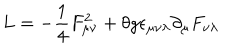
LaTeX: L = - \frac { 1 } { 4 } F _ { \mu \nu } ^ { 2 } + \theta g \epsilon _ { \mu \nu \lambda } \partial _ { \mu } F _ { \nu \lambda }